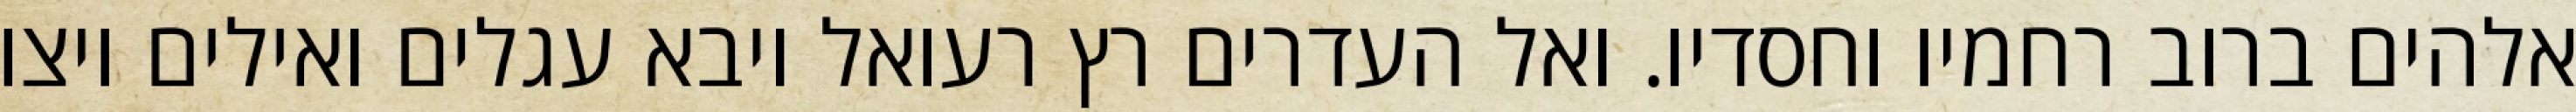
אלהים ברוב רחמיו וחסדיו. ואל העדרים רץ רעואל ויבא עגלים ואילים ויצו